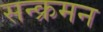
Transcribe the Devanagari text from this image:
सन्क्रमन